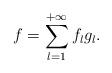
LaTeX: \begin{align*}f=\sum_{l=1}^{+\infty}f_lg_l.\end{align*}